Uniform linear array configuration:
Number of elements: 24
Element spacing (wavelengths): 0.5
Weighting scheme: binomial
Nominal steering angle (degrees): -45
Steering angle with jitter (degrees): -43.867
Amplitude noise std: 0.05
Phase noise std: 0.05

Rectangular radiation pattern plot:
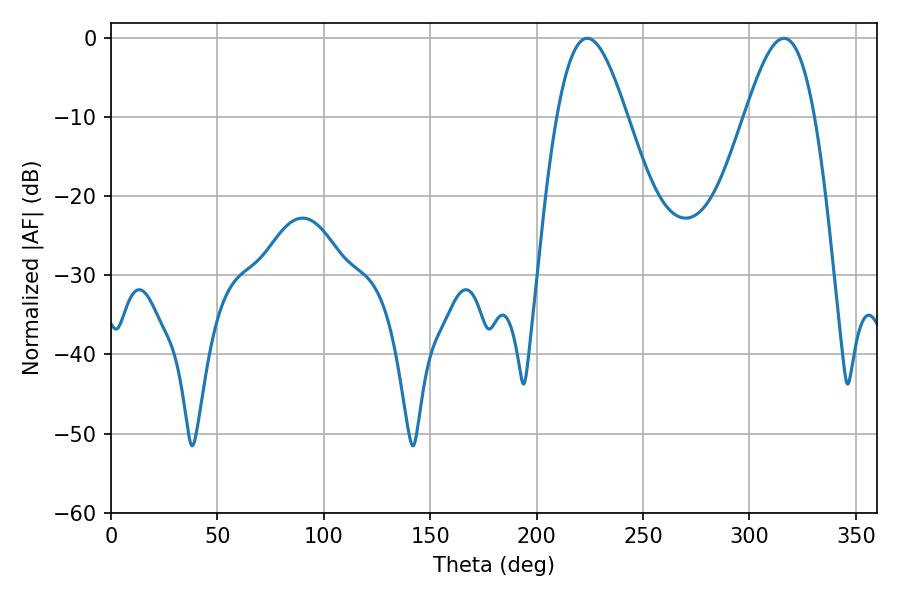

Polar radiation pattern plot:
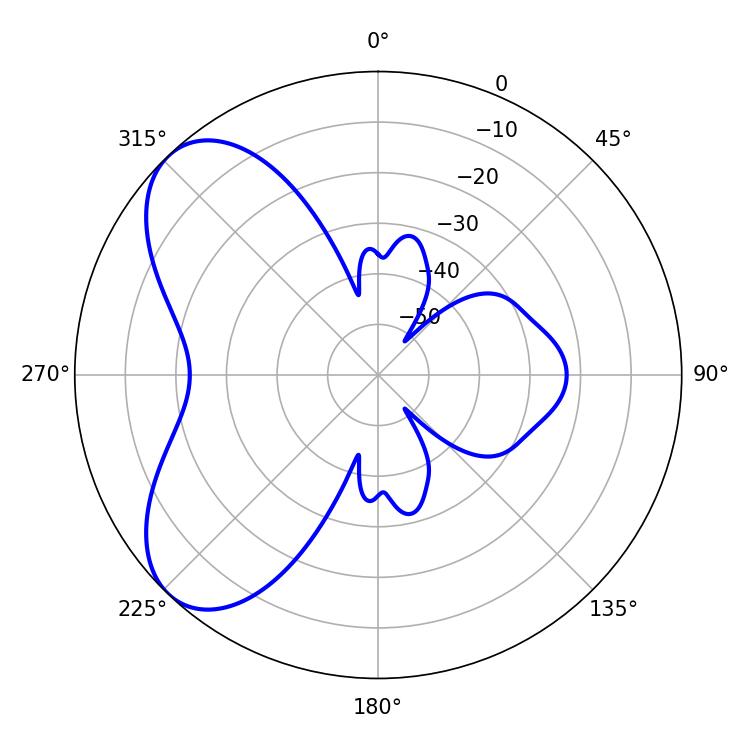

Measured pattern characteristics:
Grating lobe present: FALSE
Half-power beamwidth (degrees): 17.64
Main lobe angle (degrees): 223.74